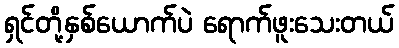
ရှင်တို့နှစ်ယောက်ပဲ ရောက်ဖူးသေးတယ်